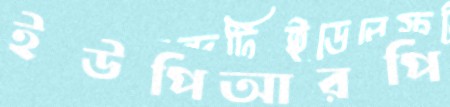
ইউপিআরপি